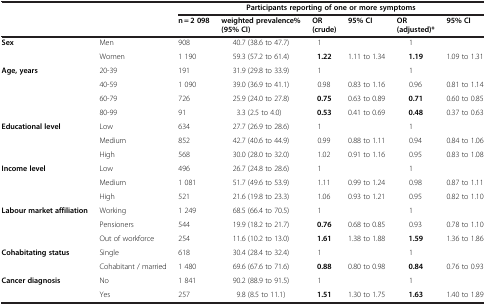
<table><thead><tr><td rowspan="2" colspan="2"><b> </b></td><td colspan="6"><b>Participants reporting of one or more symptoms</b></td></tr><tr><td><b>n = 2 098</b></td><td><b>weighted prevalence% (95% CI)</b></td><td><b>OR (crude)</b></td><td><b>95% CI</b></td><td><b>OR (adjusted)*</b></td><td><b>95% CI</b></td></tr></thead><tbody><tr><td><b>Sex</b></td><td>Men</td><td>908</td><td>40.7 (38.6 to 47.7)</td><td>1</td><td> </td><td>1</td><td> </td></tr><tr><td> </td><td>Women</td><td>1 190</td><td>59.3 (57.2 to 61.4)</td><td><b>1.22</b></td><td>1.11 to 1.34</td><td><b>1.19</b></td><td>1.09 to 1.31</td></tr><tr><td><b>Age, years</b></td><td>20-39</td><td>191</td><td>31.9 (29.8 to 33.9)</td><td>1</td><td> </td><td>1</td><td> </td></tr><tr><td> </td><td>40-59</td><td>1 090</td><td>39.0 (36.9 to 41.1)</td><td>0.98</td><td>0.83 to 1.16</td><td>0.96</td><td>0.81 to 1.14</td></tr><tr><td> </td><td>60-79</td><td>726</td><td>25.9 (24.0 to 27.8)</td><td><b>0.75</b></td><td>0.63 to 0.89</td><td><b>0.71</b></td><td>0.60 to 0.85</td></tr><tr><td> </td><td>80-99</td><td>91</td><td>3.3 (2.5 to 4.0)</td><td><b>0.53</b></td><td>0.41 to 0.69</td><td><b>0.48</b></td><td>0.37 to 0.63</td></tr><tr><td><b>Educational level</b></td><td>Low</td><td>634</td><td>27.7 (26.9 to 28.6)</td><td>1</td><td> </td><td>1</td><td> </td></tr><tr><td> </td><td>Medium</td><td>852</td><td>42.7 (40.6 to 44.9)</td><td>0.99</td><td>0.88 to 1.11</td><td>0.94</td><td>0.84 to 1.06</td></tr><tr><td> </td><td>High</td><td>568</td><td>30.0 (28.0 to 32.0)</td><td>1.02</td><td>0.91 to 1.16</td><td>0.95</td><td>0.83 to 1.08</td></tr><tr><td><b>Income level</b></td><td>Low</td><td>496</td><td>26.7 (24.8 to 28.6)</td><td>1</td><td> </td><td>1</td><td> </td></tr><tr><td> </td><td>Medium</td><td>1 081</td><td>51.7 (49.6 to 53.9)</td><td>1.11</td><td>0.99 to 1.24</td><td>0.98</td><td>0.87 to 1.11</td></tr><tr><td> </td><td>High</td><td>521</td><td>21.6 (19.8 to 23.3)</td><td>1.06</td><td>0.93 to 1.21</td><td>0.95</td><td>0.82 to 1.10</td></tr><tr><td><b>Labour market affiliation</b></td><td>Working</td><td>1 249</td><td>68.5 (66.4 to 70.5)</td><td>1</td><td> </td><td>1</td><td> </td></tr><tr><td> </td><td>Pensioners</td><td>544</td><td>19.9 (18.2 to 21.7)</td><td><b>0.76</b></td><td>0.68 to 0.85</td><td>0.93</td><td>0.78 to 1.10</td></tr><tr><td> </td><td>Out of workforce</td><td>254</td><td>11.6 (10.2 to 13.0)</td><td><b>1.61</b></td><td>1.38 to 1.88</td><td><b>1.59</b></td><td>1.36 to 1.86</td></tr><tr><td><b>Cohabitating status</b></td><td>Single</td><td>618</td><td>30.4 (28.4 to 32.4)</td><td>1</td><td> </td><td>1</td><td> </td></tr><tr><td> </td><td>Cohabitant / married</td><td>1 480</td><td>69.6 (67.6 to 71.6)</td><td><b>0.88</b></td><td>0.80 to 0.98</td><td><b>0.84</b></td><td>0.76 to 0.93</td></tr><tr><td><b>Cancer diagnosis</b></td><td>No</td><td>1 841</td><td>90.2 (88.9 to 91.5)</td><td>1</td><td> </td><td>1</td><td> </td></tr><tr><td> </td><td>Yes</td><td>257</td><td>9.8 (8.5 to 11.1)</td><td><b>1.51</b></td><td>1.30 to 1.75</td><td><b>1.63</b></td><td>1.40 to 1.89</td></tr></tbody></table>